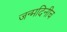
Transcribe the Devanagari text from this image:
जन्मदिनीच